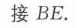
接 \(BE.\)